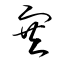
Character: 塞